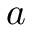
a